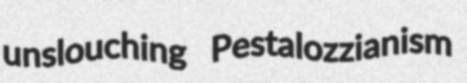
unslouching Pestalozzianism